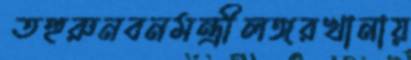
তহুরুনবনমন্ত্রীলঙ্গরখানায়